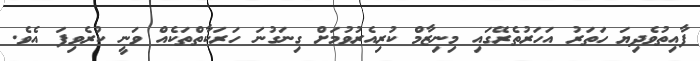
ފާއިތުވެދިޔަ ހަތަރު އަހަރުތެރޭގައި މިނިޒާމް ކުރިއެރުވުމަށް ގިނަގުނަ ހަރަކާތްތަކެއް ވަނީ ކުރެވިފަ އެވެ.